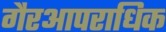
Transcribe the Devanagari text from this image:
गैरआपराधिक